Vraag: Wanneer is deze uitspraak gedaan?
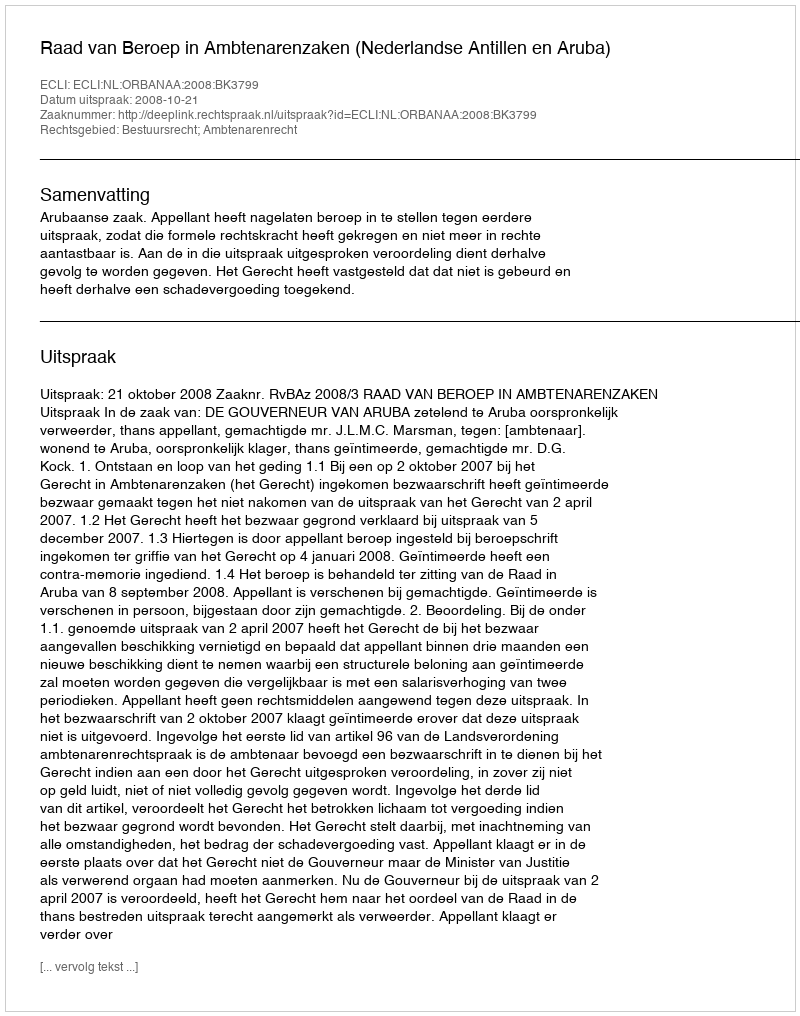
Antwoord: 2008-10-21